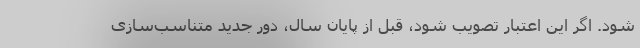
شود. اگر این اعتبار تصویب شود، قبل از پایان سال، دور جدید متناسب‌سازی